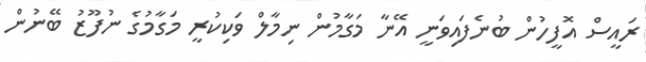
ރައީސް އޮފީހުން ބުނެފައިވަނީ އޭނާ މަގާމުން ނިމާލް ވަކިކުރީ މަގާމުގެ ނުފޫޒު ބޭނުން